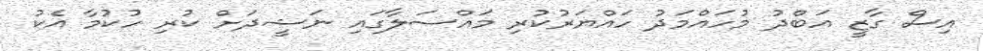
އިސް ގާޒީ އަބްދު މުހައްމަދު ހައްޔަރުކުރި މައްސަލާގައި ނަޝީދަށް ކުރި ހުކުމާ އެކު